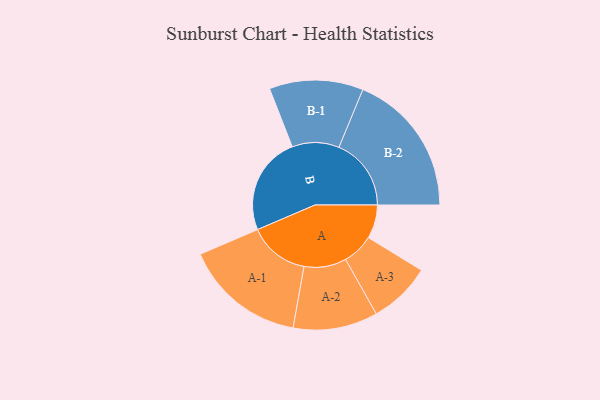
{"axis": {"x": "Segment", "y": "Value"}, "legend": ["", "A", "B"], "data": [{"x": "A", "y": 137, "type": ""}, {"x": "B", "y": 400, "type": ""}, {"x": "A-1", "y": 247, "type": "A"}, {"x": "A-2", "y": 172, "type": "A"}, {"x": "A-3", "y": 127, "type": "A"}, {"x": "B-1", "y": 191, "type": "B"}, {"x": "B-2", "y": 294, "type": "B"}]}